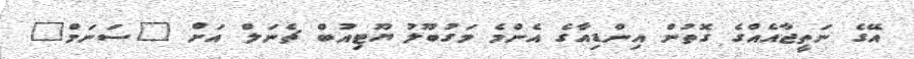
އޭގެ ނަތީޖާއެއްގެ ގޮތުން އިންޑިއާގެ އެންމެ މަގުބޫލު ޔޫޓިއުބް ޗެނަލް އަށް "ސަނަމް"